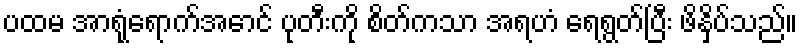
ပထမ အာရုံရောက်အောင် ပုတီးကို စိတ်ကသာ အရဟံ ရေရွတ်ပြီး ဖိနှိပ်သည်။